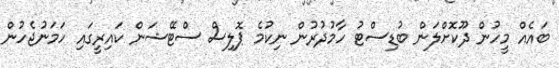
ބައެއް މީހުން ދޫކޮށްލަން ބުޑިސްޓު ހާމުދުރުން ނިކުމެ ޕޮލިސް ސްޓޭޝަން ކައިރީގައި ހަމަނުޖެހުން